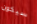
سيكون